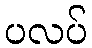
ပလပ်